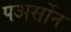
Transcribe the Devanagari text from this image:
पअर्सोन